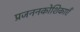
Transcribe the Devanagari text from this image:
प्रजननकोशिकाएँ